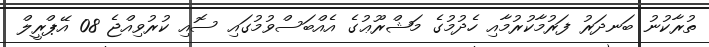
ތުރާކުނު ބަނދަރު ފަރުމާކުރުމާއި ހެދުމުގެ މަޝްރޫޢުގެ އެއްބަސްވުމުގައި ސޮއި ކުރުވިއްޖެ 08 އޭޕްރީލް